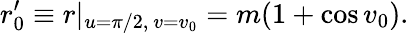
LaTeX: r_{0}^{\prime}\equiv r|_{u=\pi/2,~v=v_{0}}=m(1+\cos v_{0}).